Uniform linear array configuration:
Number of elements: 64
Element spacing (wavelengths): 0.25
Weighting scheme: hamming
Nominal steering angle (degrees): -60
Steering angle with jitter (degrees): -61.137
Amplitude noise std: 0.05
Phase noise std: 0.05

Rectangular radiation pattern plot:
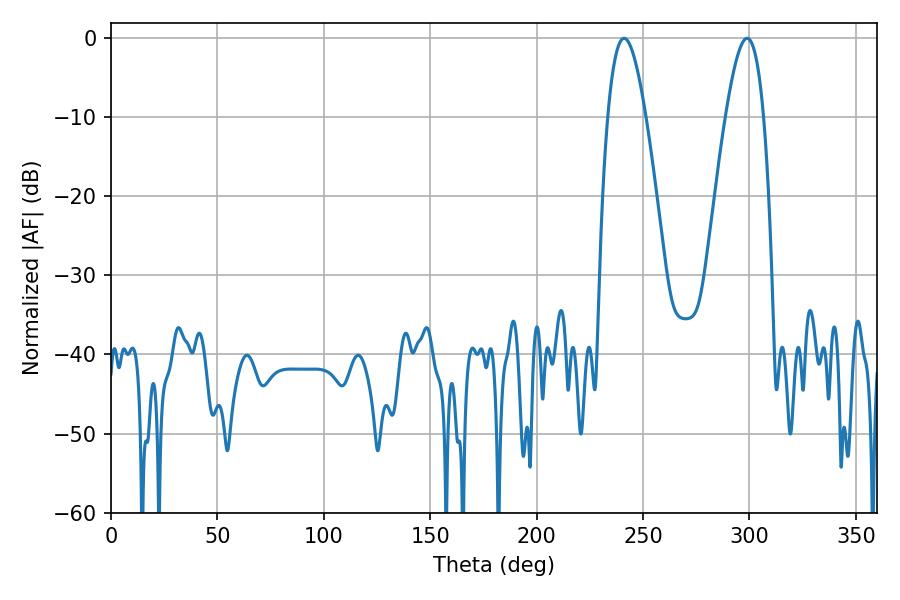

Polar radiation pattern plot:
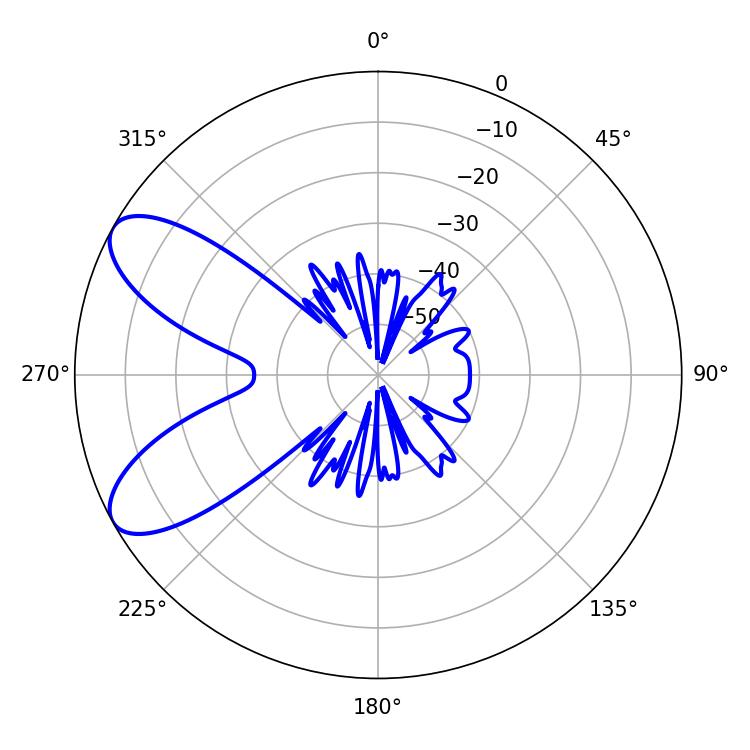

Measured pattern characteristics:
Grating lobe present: FALSE
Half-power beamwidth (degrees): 9.72
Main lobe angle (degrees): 241.02